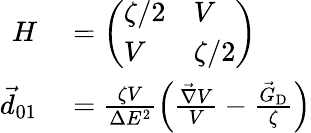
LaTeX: \begin{array}{rl}{H}&{{}=\left(\begin{array}{ll}{\zeta/2}&{V}\\ {V}&{\zeta/2}\end{array}\right)}\\ {\vec{d}_{01}}&{{}=\frac{\zeta V}{\Delta E^{2}}\left(\frac{\vec{\nabla}V}{V}-\frac{\vec{G}_{\textrm{D}}}{\zeta}\right)}\end{array}